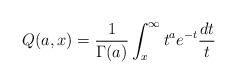
LaTeX: \begin{align*} Q(a,x) = \frac{1}{\Gamma(a)} \int_x^{\infty} t^{a} e^{-t} \frac{dt}{t}\end{align*}